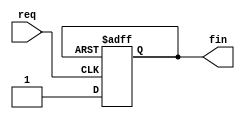
// This program was cloned from: https://github.com/Mario-Hero/Async-Karin
// License: MIT License

`timescale 1ns / 1ps
//////////////////////////////////////////////////////////////////////////////////
//
// Module Name: delay
// Description: The key to the new structure. 
//				It can delay more than a "DFF time" according to the parameter N.
//
// 
// Dependencies: 
// 
// Revision:
// Revision 0.01 - File Created
// Additional Comments:
// 
//////////////////////////////////////////////////////////////////////////////////

module delay #(parameter N=10) (req,fin);
input req;
output wire fin;

(* dont_touch="true" *) wire [N-1:0] c /*synthesis noprune*/;  
// (* dont_touch="true" *) and /*synthesis noprune*/ make it work on both Xilinx platform and Altera platform. 

reg rec=1'b0;
assign c[0]=rec;
assign fin = c[N-1];

always@(posedge req or posedge fin) begin
	if(fin) rec<=1'b0;
	else rec<=1'b1;
end

genvar i;
generate 
	for(i=1;i<N;i=i+1)
	begin:delays
		assign c[i]=rec&(c[i-1]);
	end
endgenerate

endmodule